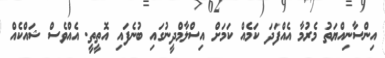
އިންސާނިއްޔަތު މެރުމާ އެއްފަދަ ކަމެއް ކަމަށް އިސްލާމްދީނުގައި ބުނެފައި އޮތީތީ. އެއްވެސް ޝައްކެއް